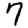
Digit: 7